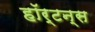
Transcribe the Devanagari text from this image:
हॉर्टन्स